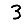
Digit: 3